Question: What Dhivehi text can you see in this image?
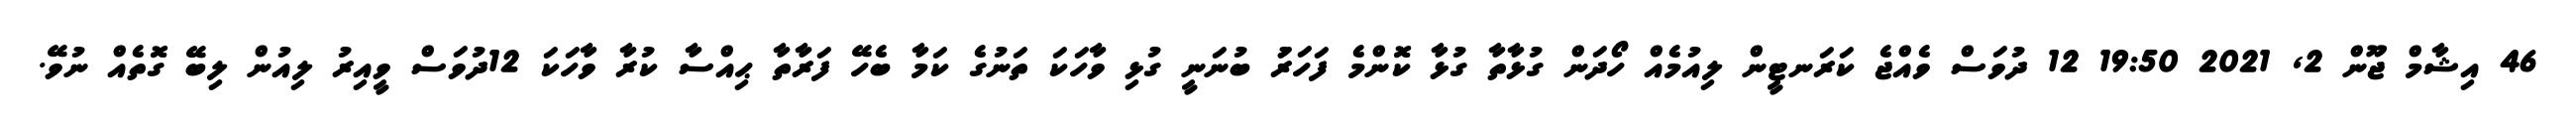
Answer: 46 އިޝާމް ޖޫން 2, 2021 19:50 12 ދުވަސް ވެއްޖެ ކަރަނޓީން ލިއުމެއް ހޯދަން ގުޅާތާ ގުޅާ ކޮންމެ ފަހަރަު ބުނަނީ ގުޅި ވާހަކަ ތަނުގެ ކަމާ ބެހޭ ފަރާތާ ޙިއްސާ ކުރާ ވާހަކަ 12ދުވަސް ވީއިރު ލިއުން ލިބޭ ގޮތެއް ނުވޭ.